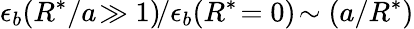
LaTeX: \epsilon_{b}(R^{*}/a\! \gg 1)\! /\epsilon_{b}(R^{*}\! =0)\! \sim(a/R^{*})